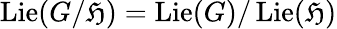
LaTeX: \operatorname{Lie}(G/\mathfrak{H})=\operatorname{Lie}(G)/\operatorname{Lie}(\mathfrak{H})